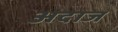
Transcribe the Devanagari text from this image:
अदाज